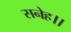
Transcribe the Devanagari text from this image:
सनेह।।